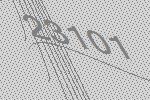
23101